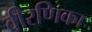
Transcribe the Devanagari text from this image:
वीरणिका